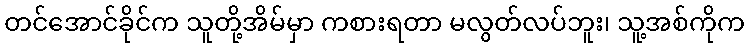
တင်အောင်ခိုင်က သူတို့အိမ်မှာ ကစားရတာ မလွတ်လပ်ဘူး၊ သူ့အစ်ကိုက